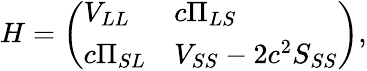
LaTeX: H=\left(\begin{array}{ll}{V_{LL}}&{c\Pi_{LS}}\\ {c\Pi_{SL}}&{V_{SS}-2c^{2}S_{SS}}\end{array}\right),